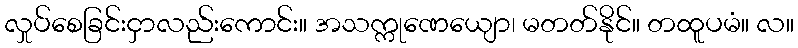
လှုပ်စေခြင်းငှာလည်းကောင်း။ အသက္ကုဏေယျော၊ မတတ်နိုင်။ တထူပမံ။ လ။